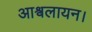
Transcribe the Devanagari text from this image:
आश्वलायन।